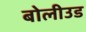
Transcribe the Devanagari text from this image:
बोलीउड